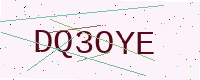
Text: DQ3OYE